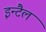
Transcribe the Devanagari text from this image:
इन्टैल